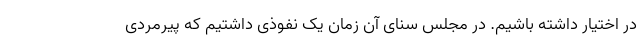
در اختیار داشته باشیم. در مجلس سنای آن زمان یک نفوذی داشتیم که پیرمردی